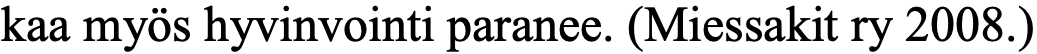
kaa myös hyvinvointi paranee. (Miessakit ry 2008.)